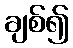
ချစ်၍